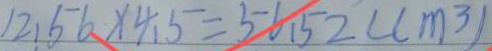
1 2 . 5 6 \times 4 . 5 = 5 6 . 5 2 ( c m ^ { 3 } )